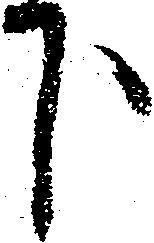
下